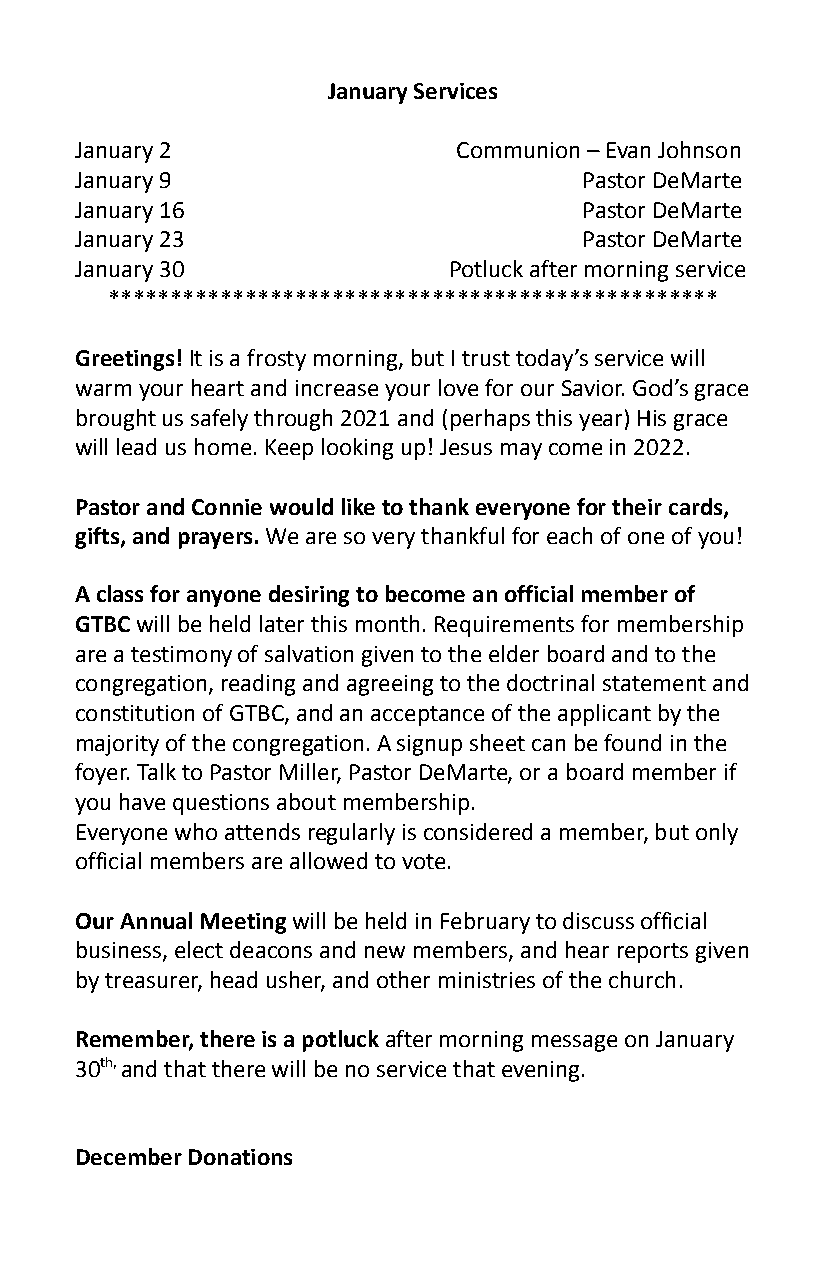
January Services
 January 2                Communion – Evan Johnson
 January 9                         Pastor DeMarte
 January 16                        Pastor DeMarte
 January 23                        Pastor DeMarte
 January 30               Potluck after morning service
 *************************************************
 Greetings!It is a frosty morning, but I trust today’sservice will
 warm your heart and increase your love for our Savior. God’s grace
 brought us safely through 2021 and (perhaps this year) His grace
 will lead us home. Keep looking up! Jesus may come in 2022.
 Pastor and Connie would like to thank everyone for their cards,
 gifts, and prayers.We are so very thankful for eachof one of you!
 A class for anyone desiring to become an official member of
 GTBCwill be held later this month. Requirements formembership
 are a testimony of salvation given to the elder board and to the
 congregation, reading and agreeing to the doctrinal statement and
 constitution of GTBC, and an acceptance of the applicant by the
 majority of the congregation. A signup sheet can be found in the
 foyer. Talk to Pastor Miller, Pastor DeMarte, or a board member if
 you have questions about membership.
 Everyone who attends regularly is considered a member, but only
 official members are allowed to vote.
 Our Annual Meetingwill be held in February to discussofficial
 business, elect deacons and new members, and hear reports given
 by treasurer, head usher, and other ministries of the church.
 Remember, there is a potluckafter morning messageon January
 30th,and that there will be no service that evening.
 DecemberDonations